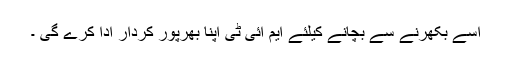
اسے بکھرنے سے بچانے کیلئے ایم ائی ٹی اپنا بھرپور کردار ادا کرے گی ۔